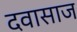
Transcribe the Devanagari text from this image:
दवासाज